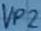
Text: VP2